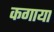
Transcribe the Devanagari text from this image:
कगाया